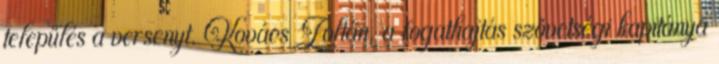
település a versenyt. Kovács Zoltán, a fogathajtás szövetségi kapitánya